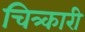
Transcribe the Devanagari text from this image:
चित्र्कारी